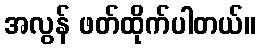
အလွန် ဖတ်ထိုက်ပါတယ်။